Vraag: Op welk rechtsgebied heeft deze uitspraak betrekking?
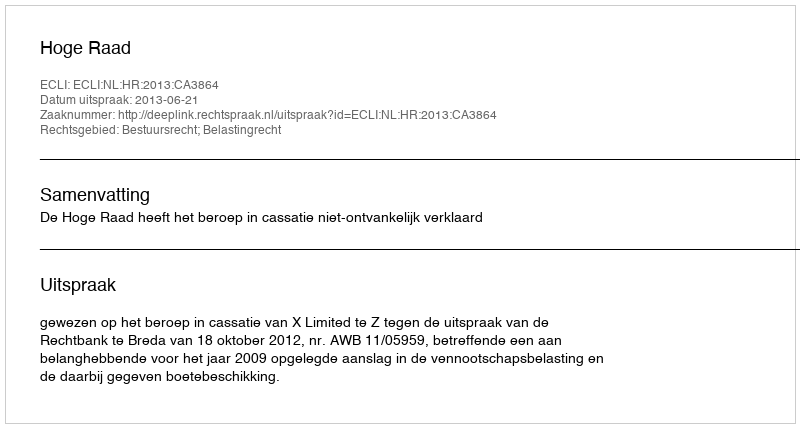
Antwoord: Bestuursrecht; Belastingrecht